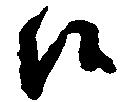
候